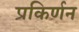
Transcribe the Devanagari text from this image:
प्रकिर्णन